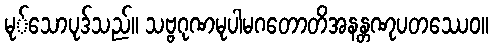
မု်သောပုဒ်သည်။ သဗ္ဗဂုဏမုပါမဂတောတိအနန္တဏုပတဿေဝ။